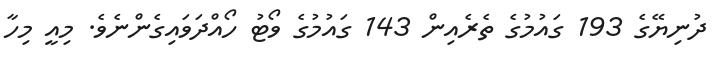
ދުނިޔޭގެ 193 ގައުމުގެ ތެރެއިން 143 ގައުމުގެ ވޯޓު ހޯއްދަވައިގެންނެވެ. މިއީ މިހާ